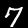
Label: 7